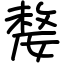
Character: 嫠